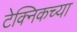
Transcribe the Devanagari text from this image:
टेक्निकच्या